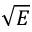
\sqrt E